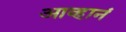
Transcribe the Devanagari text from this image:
आव्हानं